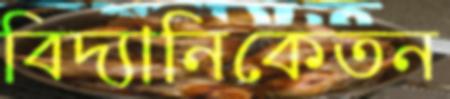
বিদ্যানিকেতন